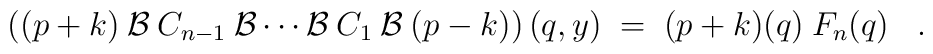
\left( (p+k)\:{\cal{B}}\:C_{n-1}\:{\cal{B}} \cdots {\cal{B}}\:C_1\:{\cal{B}}\:(p-k) \right)(q,y) \;=\;(p+k)(q) \:F_n(q) \;\;\; .